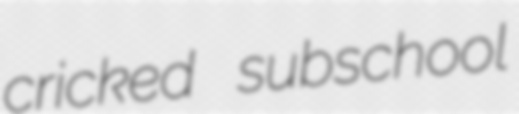
cricked subschool